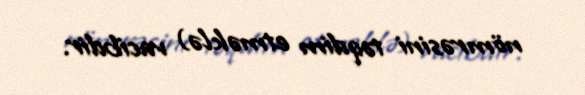
nömrəsini təqdim etməklə) vacibdir.